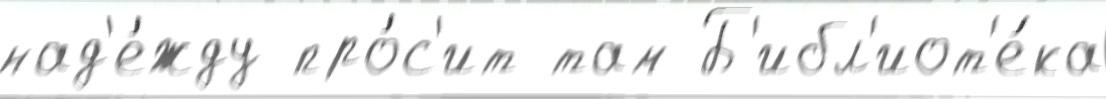
над'е́жду про́с'ит там Б'ибл'иот'е́ка